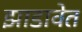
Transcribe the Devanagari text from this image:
झाडावेत